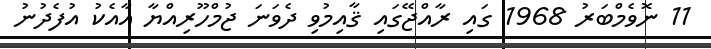
11 ނޮވެމްބަރު 1968 ގައި ރާއްޖޭގައި ޤާއިމުވި ދެވަނަ ޖުމްހޫރިއްޔާ އާއެކު އުފެދުނު